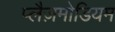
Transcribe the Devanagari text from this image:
प्लैज़मोडियम